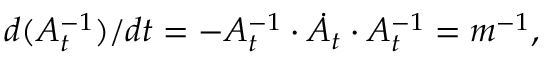
d ( A _ { t } ^ { - 1 } ) / d t = - A _ { t } ^ { - 1 } \cdot \dot { A } _ { t } \cdot A _ { t } ^ { - 1 } = m ^ { - 1 } ,